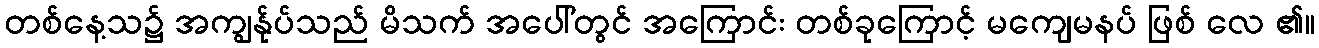
တစ်နေ့သ၌ အကျွန်ုပ်သည် မိသက် အပေါ်တွင် အကြောင်း တစ်ခုကြောင့် မကျေမနပ် ဖြစ် လေ ၏။